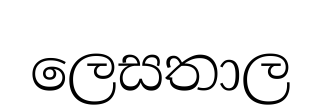
ලෙසතාල